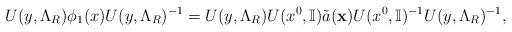
LaTeX: \begin{align*}U(y,\Lambda_R) \phi_1(x)U(y,\Lambda_R)^{-1} =U(y,\Lambda_R) U(x^0,\mathbb{I}) \tilde{a} ( \mathbf{x}) U(x^0,\mathbb{I})^{-1}U(y,\Lambda_R)^{-1},\end{align*}